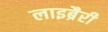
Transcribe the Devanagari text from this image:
लाइब्रैरी